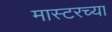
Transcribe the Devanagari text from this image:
मास्टरच्या